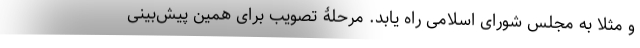
و مثلا به مجلس شورای اسلامی راه یابد. مرحلۀ تصویب برای همین پیش‌بینی